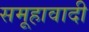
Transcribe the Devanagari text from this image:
समूहावादी